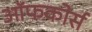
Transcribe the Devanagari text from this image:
ऑफकोर्स